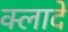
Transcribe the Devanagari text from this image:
क्लादे